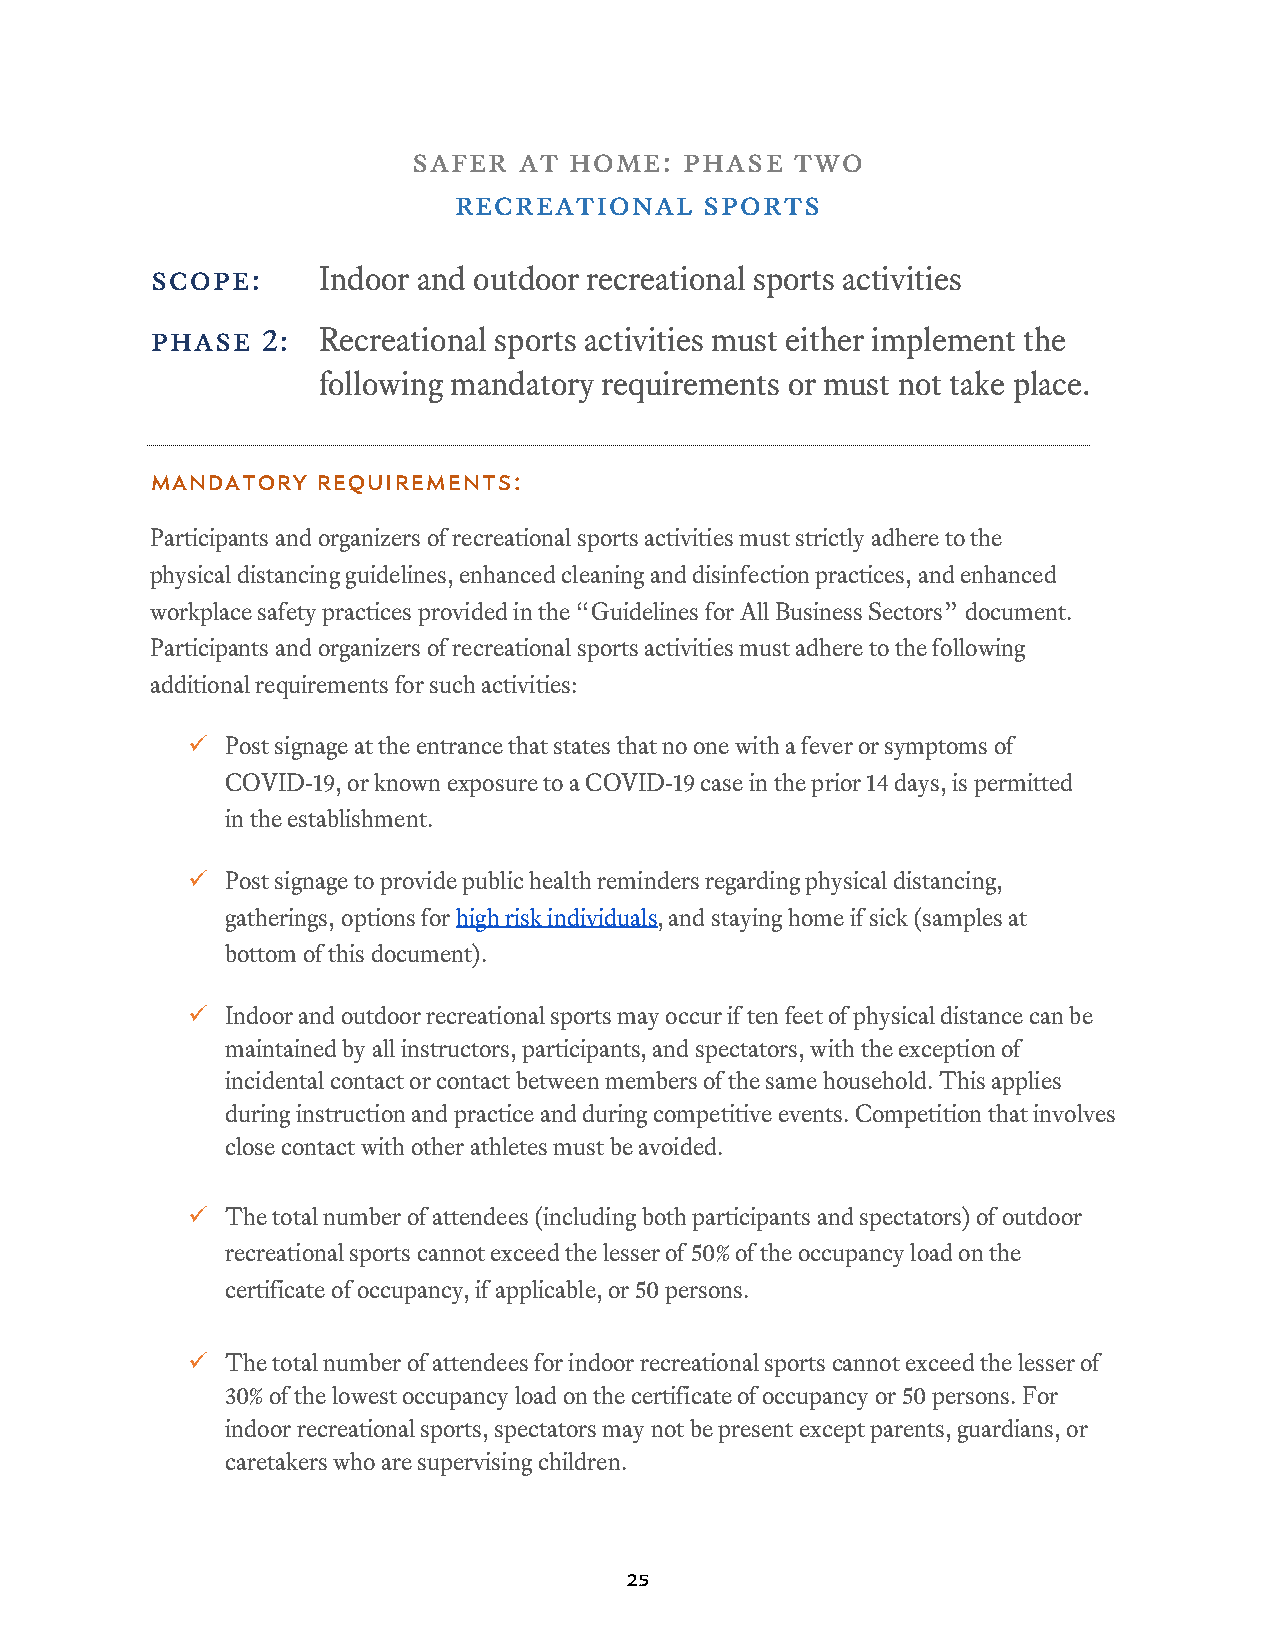
safer  at  home:  phase   two
 recreational     sports
 scope:     Indoor and outdoor recreational sports activities
 phase  2:  Recreational sports activities must either implement the
 following mandatory requirements or must not take place.
 Mandatory  Requirements:
 Participants and organizers of recreational sports activities must strictly adhere to the
 physical distancing guidelines, enhanced cleaning and disinfection practices, and enhanced
 workplace safety practices provided in the “Guidelines for All Business Sectors” document.
 Participants and organizers of recreational sports activities must adhere to the following
 additional requirements for such activities:
   Post signage at the entrance that states that no one with a fever or symptoms of
 COVID-19, or known exposure to a COVID-19 case in the prior 14 days, is permitted
 in the establishment.
   Post signage to provide public health reminders regarding physical distancing,
 gatherings, options for high risk individuals, and staying home if sick (samples at
 bottom of this document).
   Indoor and outdoor recreational sports may occur if ten feet of physical distance can be
 maintained by all instructors, participants, and spectators, with the exception of
 incidental contact or contact between members of the same household. This applies
 during instruction and practice and during competitive events. Competition that involves
 close contact with other athletes must be avoided.
   The total number of attendees (including both participants and spectators) of outdoor
 recreational sports cannot exceed the lesser of 50% of the occupancy load on the
 certificate of occupancy, if applicable, or 50 persons.
   The total number of attendees for indoor recreational sports cannot exceed the lesser of
 30% of the lowest occupancy load on the certificate of occupancy or 50 persons. For
 indoor recreational sports, spectators may not be present except parents, guardians, or
 caretakers who are supervising children.
 25